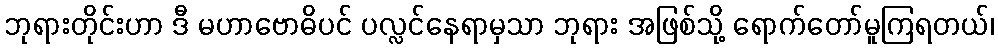
ဘုရားတိုင်းဟာ ဒီ မဟာဗောဓိပင် ပလ္လင်နေရာမှသာ ဘုရား အဖြစ်သို့ ရောက်တော်မူကြရတယ်၊